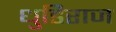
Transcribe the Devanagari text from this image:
धुडिराज